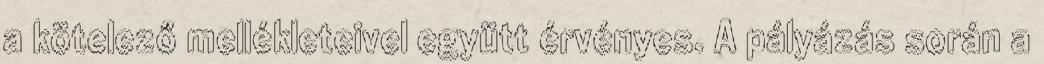
a kötelező mellékleteivel együtt érvényes. A pályázás során a